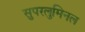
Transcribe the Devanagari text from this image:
सुपरलुमिनल